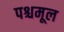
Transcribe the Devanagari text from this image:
पश्चमूल